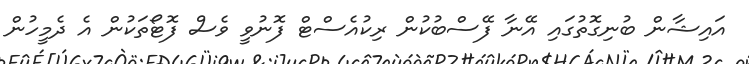
އައިޝާން ބުނިގޮތުގައި އޭނާ ފޭސްބުކުން ރިކުއެސްޓް ފޮނުވީ ވެސް ފޮޓޯތަކުން އެ ދެމީހުން